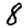
Digit: 8